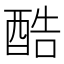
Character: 酷